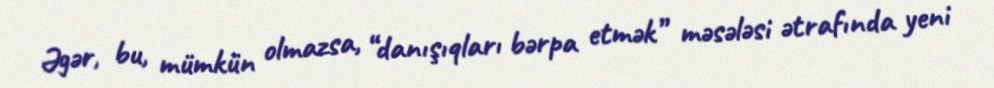
Əgər, bu, mümkün olmazsa, “danışıqları bərpa etmək” məsələsi ətrafında yeni